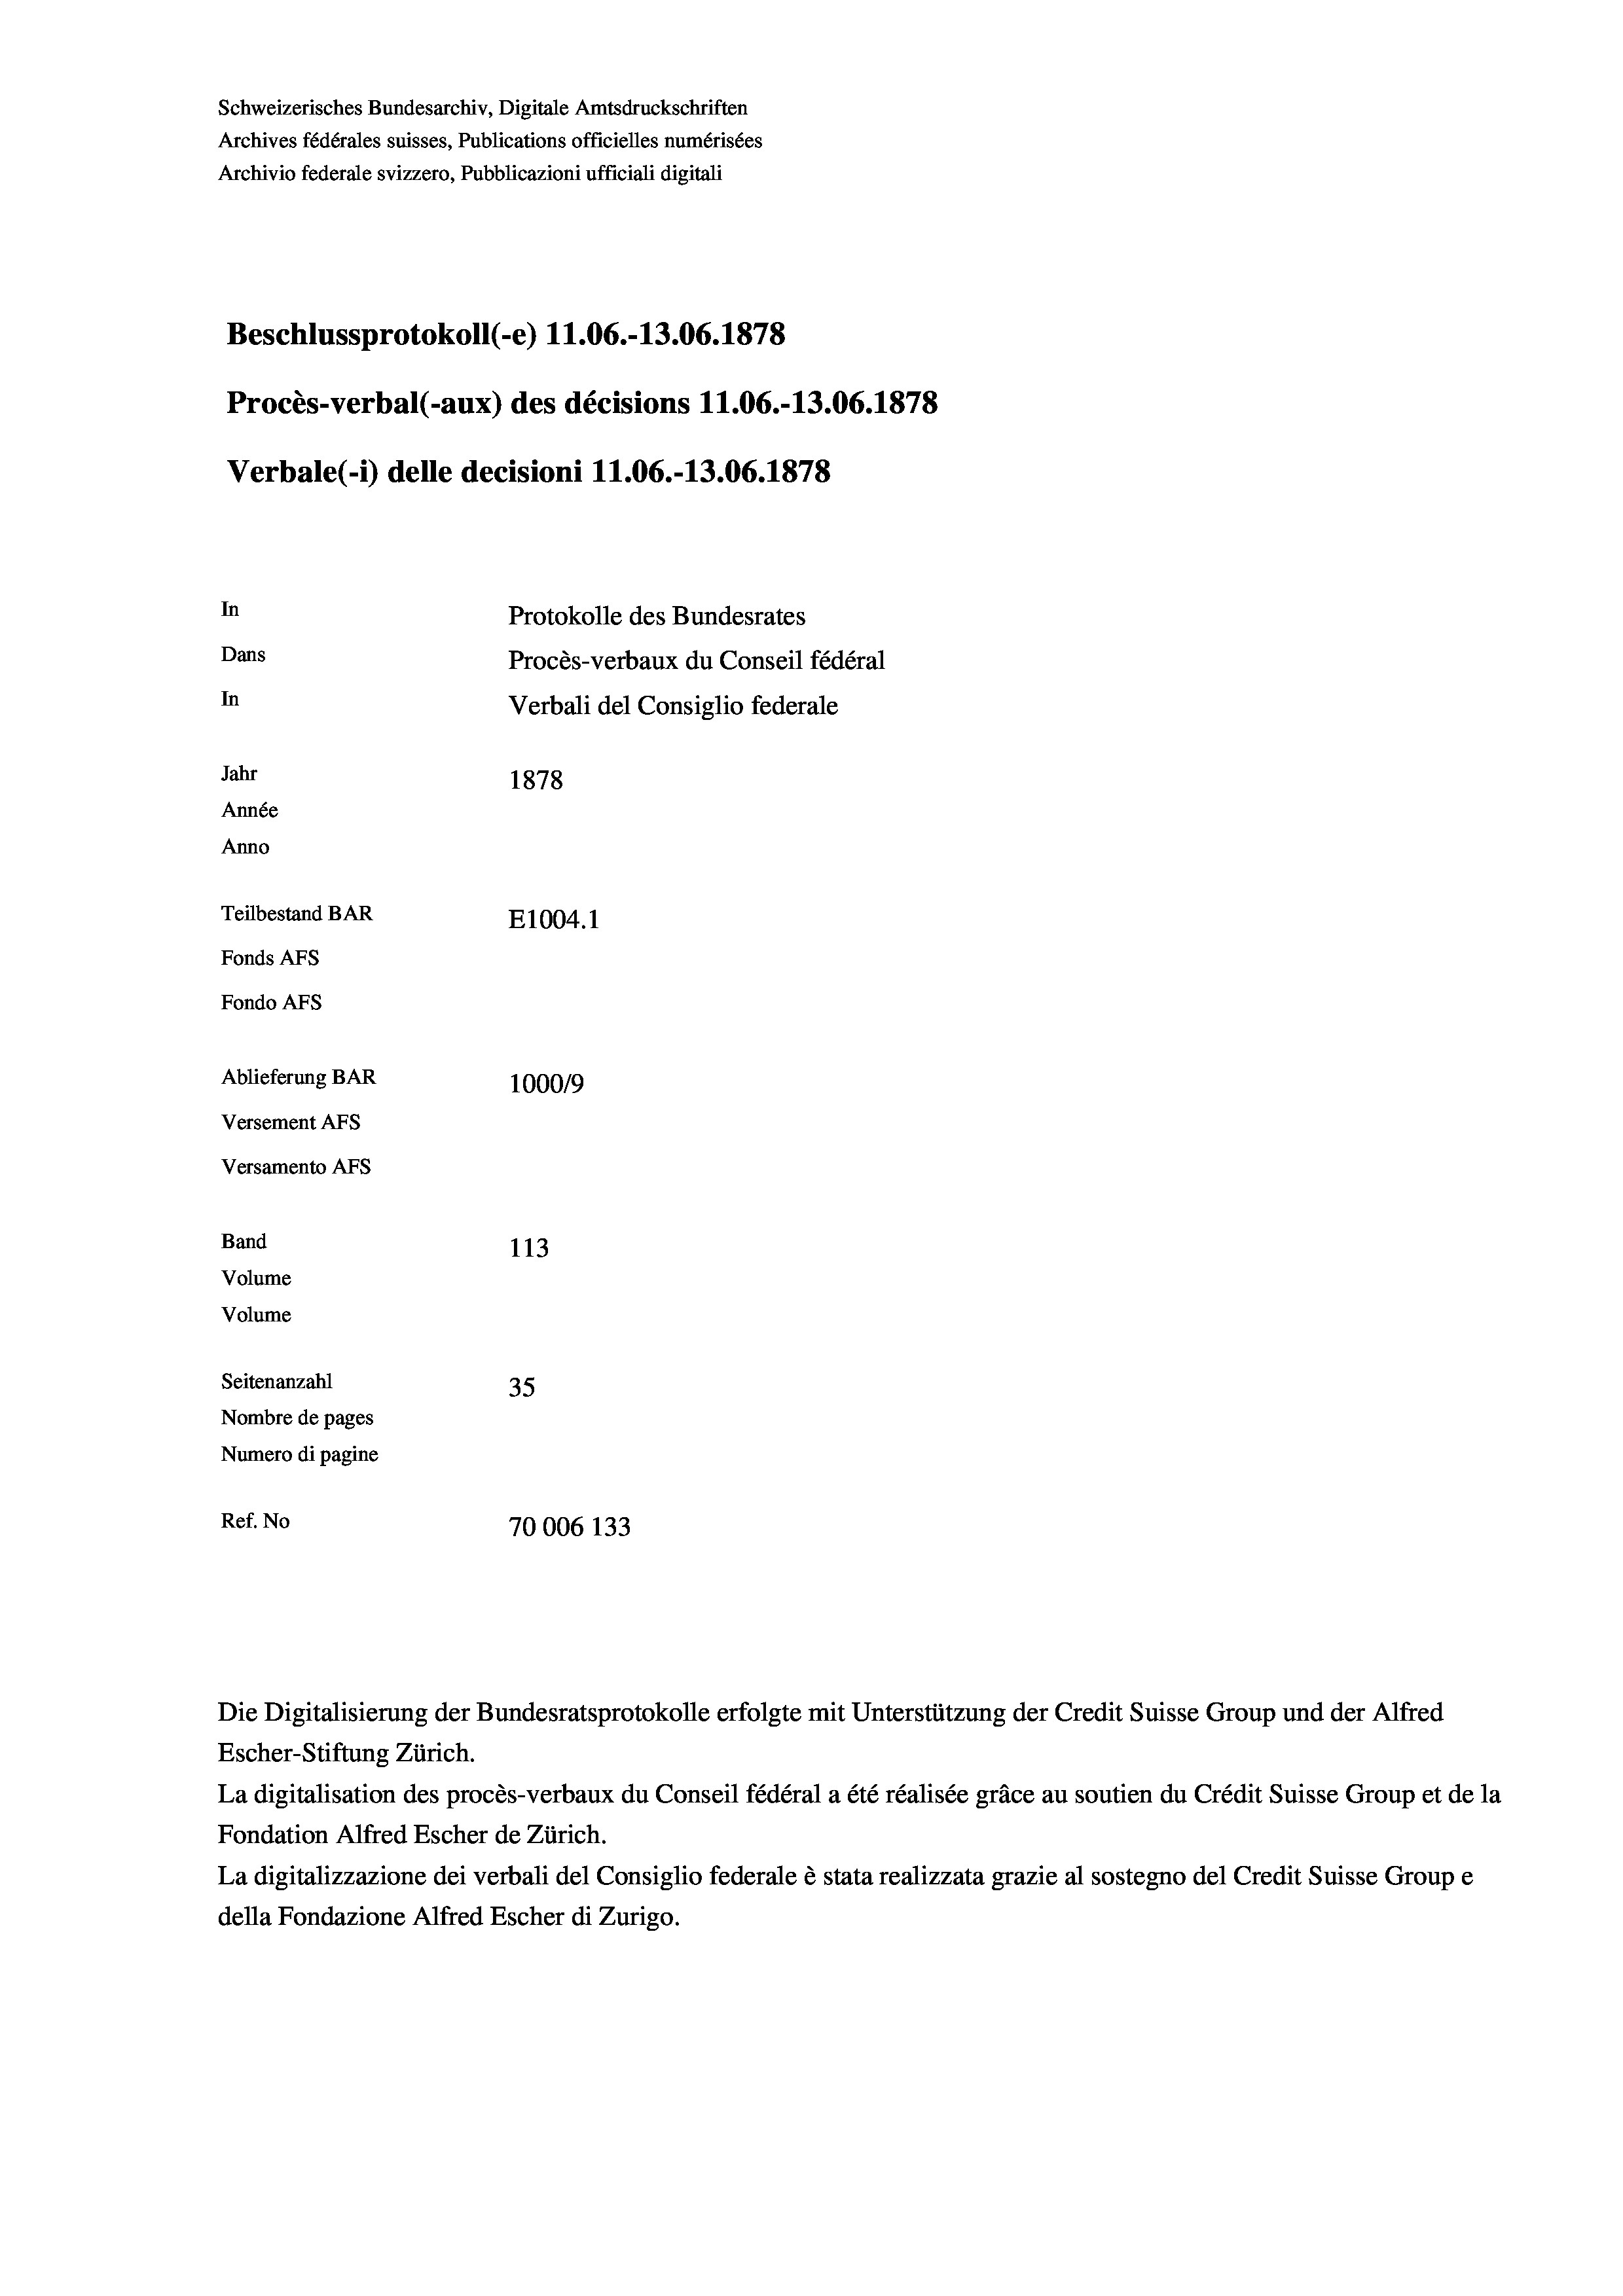
Schweizerisches Bundesarchiv, Digitale Amtsdruckschriften
Archives fédérales suisses, Publications officielles numérisées
Archivio federale svizzero, Pubblicazioni ufficiali digitali
Beschlussprotokoll (-e) 11.06.-13.06. 1878
Procès-verbal (-aux) des décisions 11.06.-13.06. 1878
Verbale (i) delle decisioni 11.06.-13.06. 1878
In
Protokolle des Bundesrates
Dans
Procès-verbaux du Conseil fédéral
In
Verbali del Consiglio federale
Jahr
1878
Année
Anno
Teilbestand BAR
E1004.1
Fonds AFs
Fondo Afs
Ablieferung BAR
100019
Versement AFs
Versamento AFS
Band
113
Volume
Volume
Seitenanzahl
35
Nombre de pages
Numero di pagine
Ref. No
70006 133

Die Digitalisierung der Bundesratsprotokolle erfolgte mit Unterstützung der Credit Suisse Group und der Alfred

Escher-Stiftung Zürich.
La digitalisation des procès-verbaux du Conseil fédéral a été réalisée gräce au soutien du Crédit Suisse Group et de la
Fondation Alfred Escher de Zürich.
La digitalizzazione dei verbali del Consiglio federale è stata realizzata grazie al sostegno del Credit Suisse Groupe
della Fondazione Alfred Escher di Zurigo.